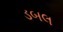
ડબલ